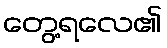
တွေ့ရလေ၏